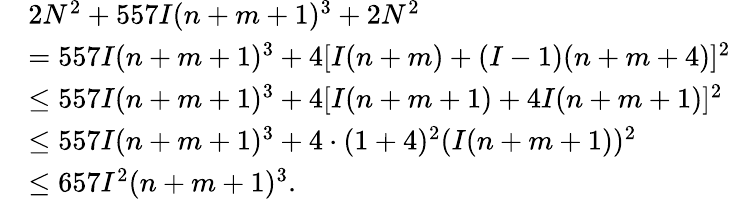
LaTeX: \begin{array}{rl}&{2N^{2}+557I(n+m+1)^{3}+2N^{2}}\\ &{=557I(n+m+1)^{3}+4[I(n+m)+(I-1)(n+m+4)]^{2}}\\ &{\leq 557I(n+m+1)^{3}+4[I(n+m+1)+4I(n+m+1)]^{2}}\\ &{\leq 557I(n+m+1)^{3}+4\cdot(1+4)^{2}(I(n+m+1))^{2}}\\ &{\leq 657I^{2}(n+m+1)^{3}.}\end{array}